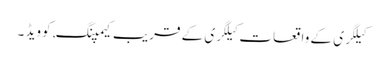
کیلگری کے واقعات کیلگری کے قریب کیمپنگ, کوویڈ ۔